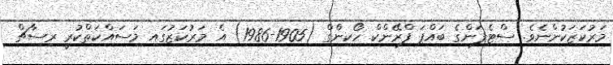
މަރުކަޒަކުންނެވެ. ސްޓެފަންގެ ބައްޕަ ފްރޭންކް ހޯކިންގް (1905-1986) އެ މަރުކަޒުގައި މަސައްކަތްކުރީ ރިސާޗް